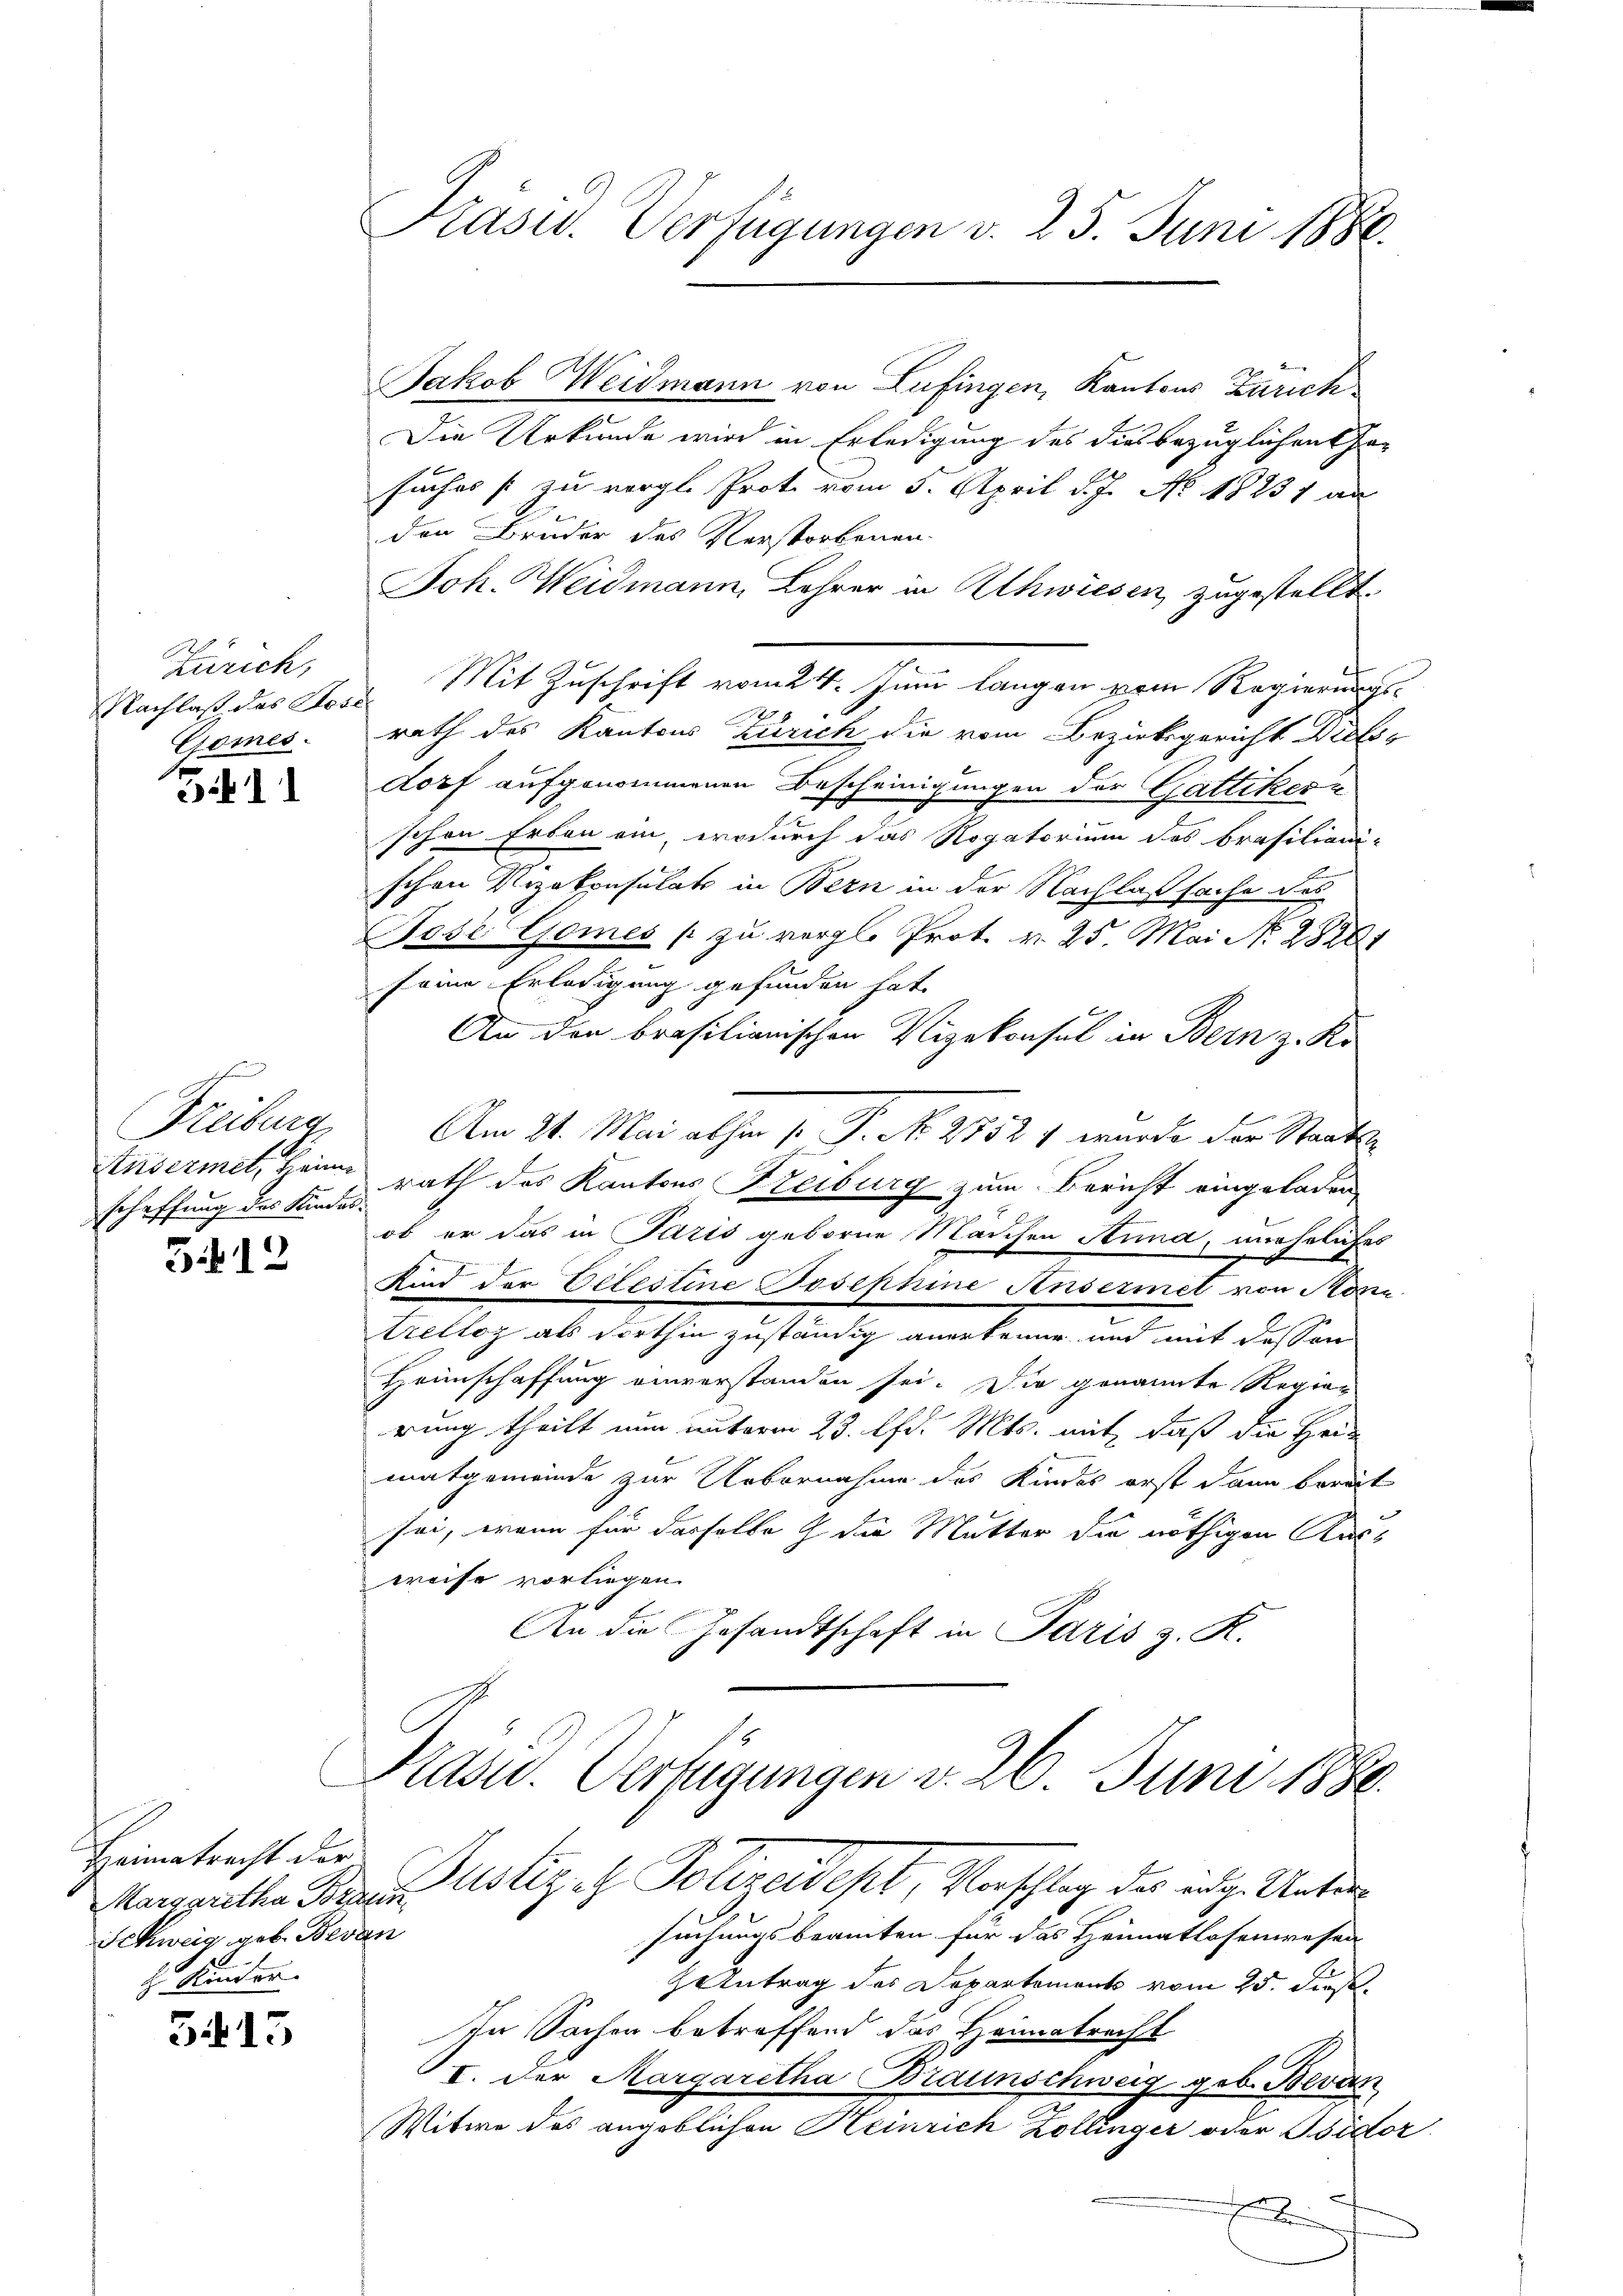
Zürich,
Nachlaß das Rose
Gomes

Zif. 1

Freiburg
Stusermet, Heim
schaffung des Kindes

3.12

Heimatracht der
Schweig geb. Bedan
 Kinder

3415

Kasid. Verfügungen d. 25. Juni 1886.

Jakob Weidmann von Lufingen, Kantons Zürich¬
Die Urkunde wird in Erledigung des diesbezüglichen Ge-
suches s zu vergl. Prote vom 5. April d. J. No. 18231 an
den Bruder des Verstorbenen
Joh. Weidmann, Lehrer in Uhwiesen zugestellt.
 Mit Zuschrift vom 24. Juni langen vom Regierungs-
4
rath des Kantons Zürich die vom Bezirksgericht Dielsdorf aufgenommenen Bescheinigungen der Gattikern
schon Erben ein, wodurch das Rogatorium des Brasiliani-
schen Vizekonsulats in Bern in der Nachlaßsache des
Pese Gomes / zu vergl. Prot. v. 25. Mai No 28281
seine Erledigung gefunden hat.
An den brasilianischen Vizekonsul in Bern z. Ko
Am 21. Mai abhin 1. P. No. 28521 wurde der Staats-
rath des Kantons Freiburg zum Bericht eingeladen
ob er das in Paris geborne Maschen Anna, uneheliches
Kind der Celestine Josephine Ansermet von Mona
trelloz als dorthin zuständig anerkenne und mit dessen
Heimschaffung einverstanden sei. Die genannte Regien
rung theilt nun unterm 23. lfd. Mts. mit, daß die Heiz
matgemwinde zur Uebernahme des Kindes erst dann bereit
sei, wenn für dasselbe  die Mutter die nöthigen Kass
weise vorliegen.
An die Gesandtschaft in Paris z. R.

Präsid. Verfügungen v. 26. Juni 1880.
Mauertha Paren Justiz et Polizeidept, Vorschlag des adg. Unter

suchungsbeamten für das Heimatlosenwesen
antrag des Departement vom 25. dies
In Sachen betreffend das Heimatracht
t. Der Margaretha Braunschweig geb. Bevan
Witwe des angeblichen Heinrich Zollinger oder Bsidor